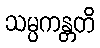
သမ္ပကန္တတိ